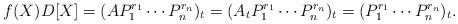
LaTeX: \begin{align*}f(X)D[X] = (AP_1^{r_1} \cdots P_n^{r_n})_t = (A_t P_1^{r_1} \cdots P_n^{r_n})_t =(P_1^{r_1} \cdots P_n^{r_n})_t.\end{align*}